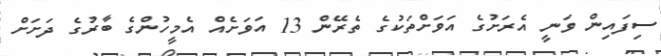
ސިފައިން ވަނީ އެރަށުގެ އަވަށްތަކުގެ ތެރޭން 13 އަވަށެއް އެމީހުންގެ ބާރުގެ ދަށަށް